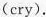
(cry).